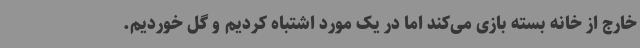
خارج از خانه بسته بازی می‌کند اما در یک مورد اشتباه کردیم و گل خوردیم.